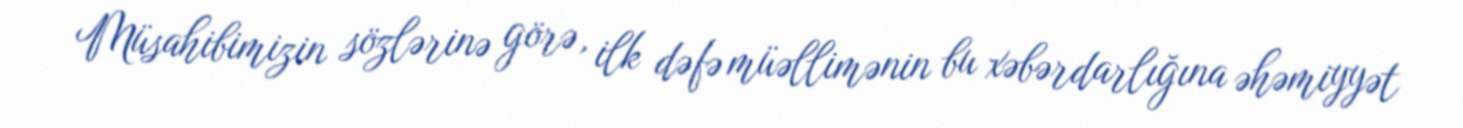
Müsahibimizin sözlərinə görə, ilk dəfə müəllimənin bu xəbərdarlığına əhəmiyyət